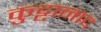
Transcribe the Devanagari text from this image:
कुट्टानाद